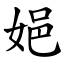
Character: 㛕